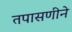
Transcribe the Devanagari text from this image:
तपासणीने